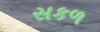
સકળ